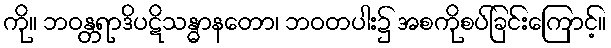
ကို။ ဘဝန္တရာဒိပဋိသန္ဓာနတော၊ ဘဝတပါး၌ အစကိုစပ်ခြင်းကြောင့်။